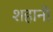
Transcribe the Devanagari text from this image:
शहानो